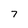
Character: 7